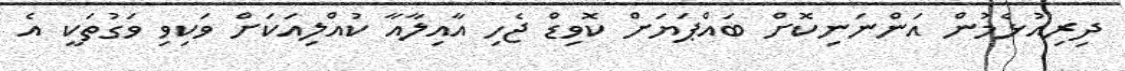
ދިރިއުޅެމުން އަންނަނިކޮށް ބައްޕަޔަށް ކޮވިޑް ޖެހި އާއިލާއާ ކުއްލިއަކަށް ވަކިވި ވަގުތަކީ އެ